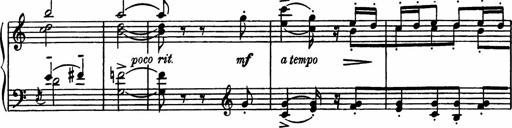
Title: Sonatilla
Composer: Mortimer Wilson
Key: C major